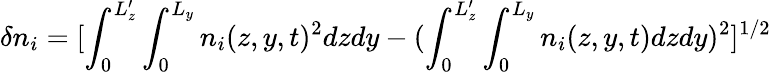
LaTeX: \delta n_{i}=[\int_{0}^{L_{z}^{\prime}}\int_{0}^{L_{y}}n_{i}(z,y,t)^{2}dzdy-(\int_{0}^{L_{z}^{\prime}}\int_{0}^{L_{y}}n_{i}(z,y,t)dzdy)^{2}]^{1/2}